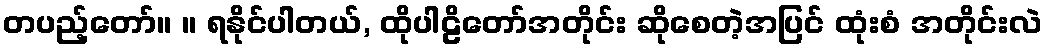
တပည့်တော်။ ။ ရနိုင်ပါတယ်, ထိုပါဠိတော်အတိုင်း ဆိုစေတဲ့အပြင် ထုံးစံ အတိုင်းလဲ